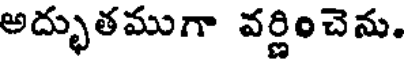
అద్భుతముగా వర్ణించెను.